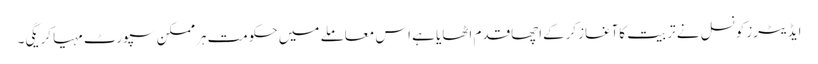
ایڈیٹرزکونسل نے تربیت کاآغازکرکےاچھاقدم اٹھایا ہے اس معاملے میں حکومت ہرممکن سپورٹ مہیاکریگی۔